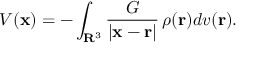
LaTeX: V ( \mathbf { x } ) = - \int _ { \mathbf { R } ^ { 3 } } { \frac { G } { | \mathbf { x } - \mathbf { r } | } } \, \rho ( \mathbf { r } ) d v ( \mathbf { r } ) .